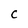
Character: C